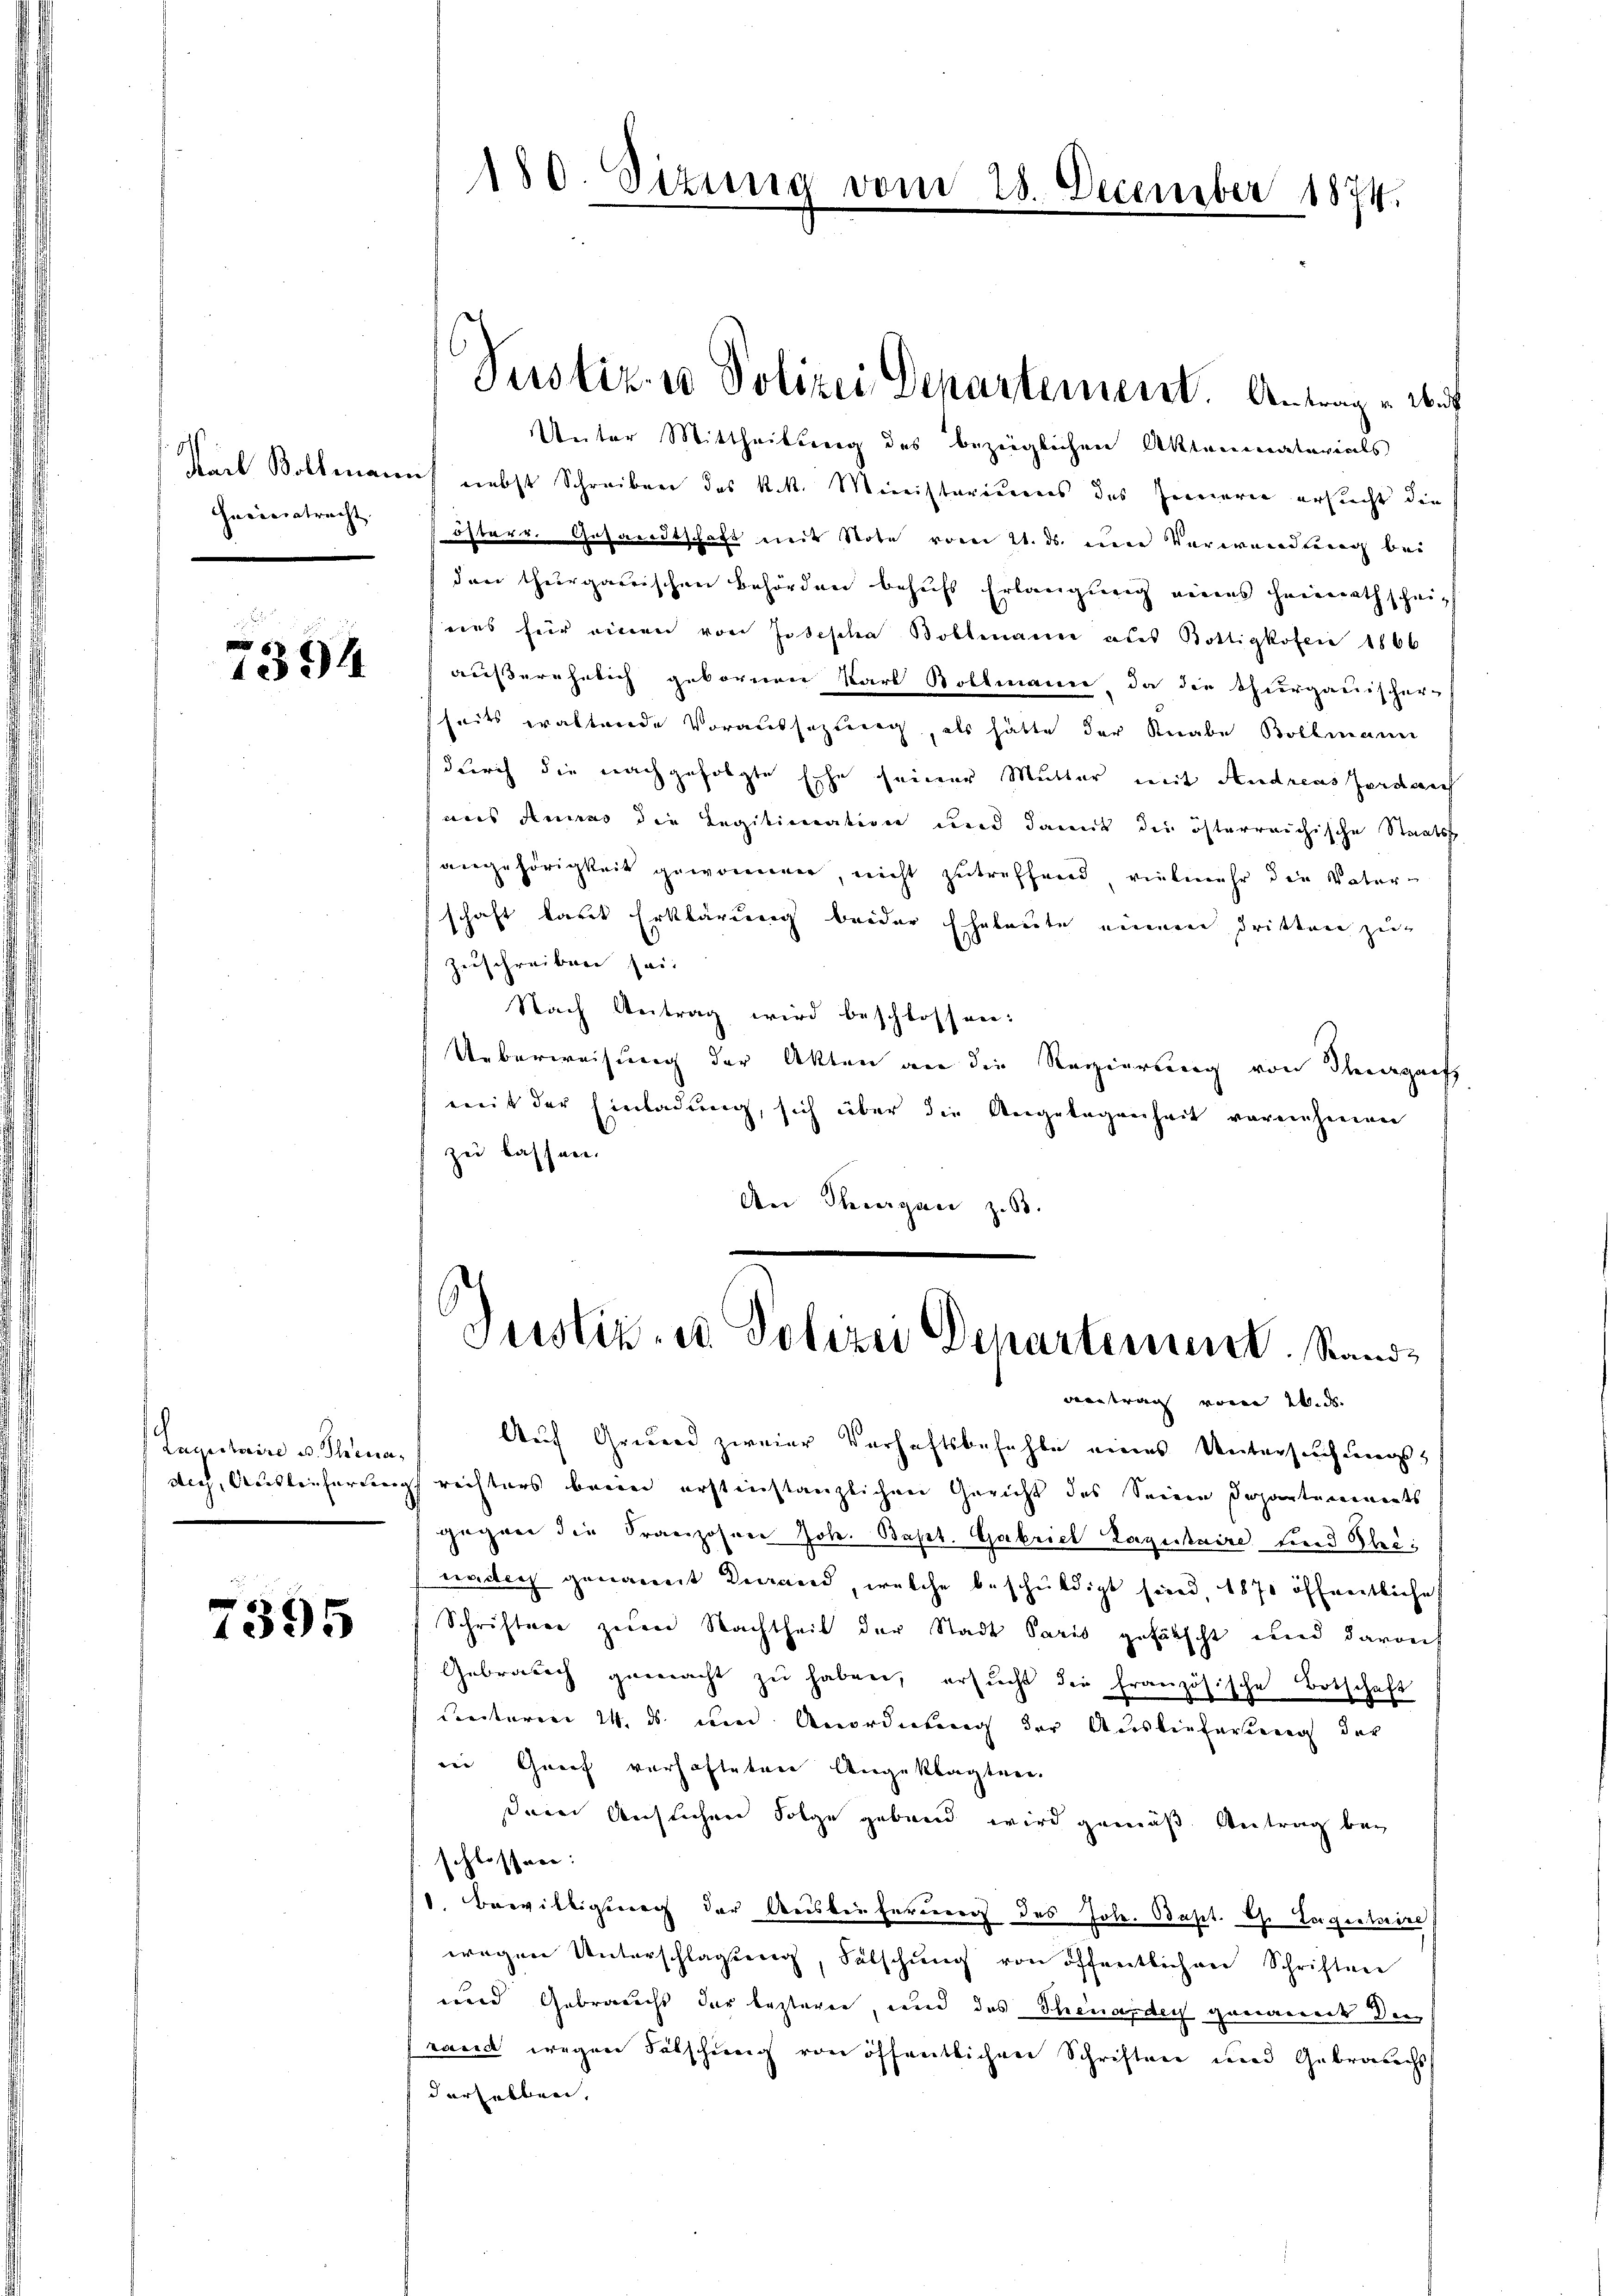
Curieretracht.

g
1894

Lagitaire v. Thea,

7395

Unter Mittheilung des bezüglichen Akteninatavials
Peel Vollmanns nebst Schreiben des k.k. Ministeriums des Jennern ersucht die
österr. Gesandtschaft mit Note vom 21. ds. eine Verwandlung bei
den thurgauischen Behörden behufs Erlangung eines Heimathschei-
eies für einen von Josische Bollmann aber Bottigkofen 1866
außerehelich gebornen Karl Rollmanne, da die Thurgauischer-
heits waltende Voraussezung, als hätte der Knabe Bollmann
durch die nachgefolgte Ehe seiner Mutter mit Andreas Jordauch
aus Annas die Legitimation und damit die österreichische Staatsst
angehörigkeit gewonnen, nicht zutreffend vielmehr die Vater-
schaft laut Erklärung beider Eheleute nennen dritten zu-
zuschreiben sei.
Nach Antrag wird beschlossen:
Ueberweisung der Akten an die Regierung von Thurgauf
mit der Einladung, sich über die Angelegenheit vornehmen
zu lassen.
An Therergan z. B.

180. Sizung vom

Pustiz- u Polizei Departement. Antrage aus

28. December 1874.

Justiz- u Polizei Departement. Stand¬

vertrag von Wide
Auf Grund zweier Verhaftsbefehle eines Untersuchungsdich, Ausleiherung rechters beim erstinstanzlichen Gericht des Seinen Departements
gegen die Franzosen Joh. Bapt. Gabrich Sagusaire sind Kleinädig genannt Brand, welche beschŭldigt sind, 1870 öffentliche
Schriftere zeren Nachtheil der Stadt Paris gefälscht und darauf
Gebrauch gemacht zŭ haben, ersŭcht die französische Botschaft
Ceterm 24. ds. um Anordnung der Auslieferten der
in Grief verhafteten Angeklagten.
Dein Auslichen Folge gebend wird gemäß Antrag bei
schlossen:
1. Bewilligung der Ausbeiterung des Joh. Bapt. C. Lagentire
wegen Unterschlagung, Fälschŭng von öffentlichen Schriften
und Gebrauchs der besteren, und das Theuerdich genannt den
rand wegen Fälschung von öffentlichen Schriften und Gebrauchs
derselben,